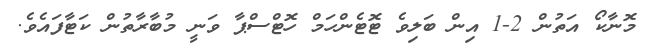
މޮނާކޯ އަތުން 2-1 އިން ބަލިވެ ޓޮޓެންހަމް ހޮޓްސްޕާ ވަނީ މުބާރާތުން ކަޓާފައެވެ.